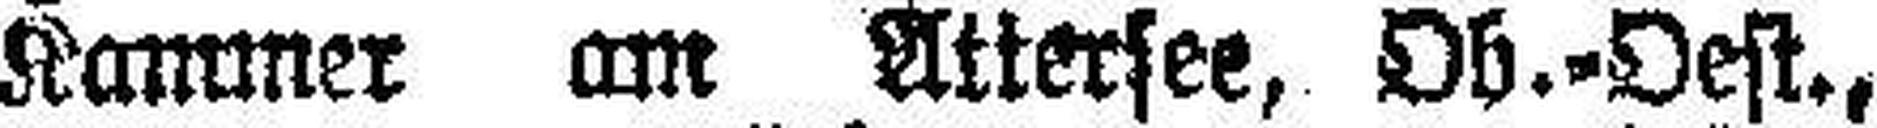
Kammer am Attersee, Ob.=Oest.,